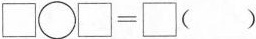
$$\square\bigcirc\square=\square（）$$